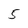
Character: 5